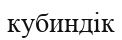
кубиндік